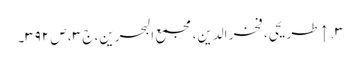
۳. ↑ طریحی، فخر الدین، مجمع البحرین، ج ۳، ص ۳۹۲۔